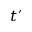
t ^ { \prime }